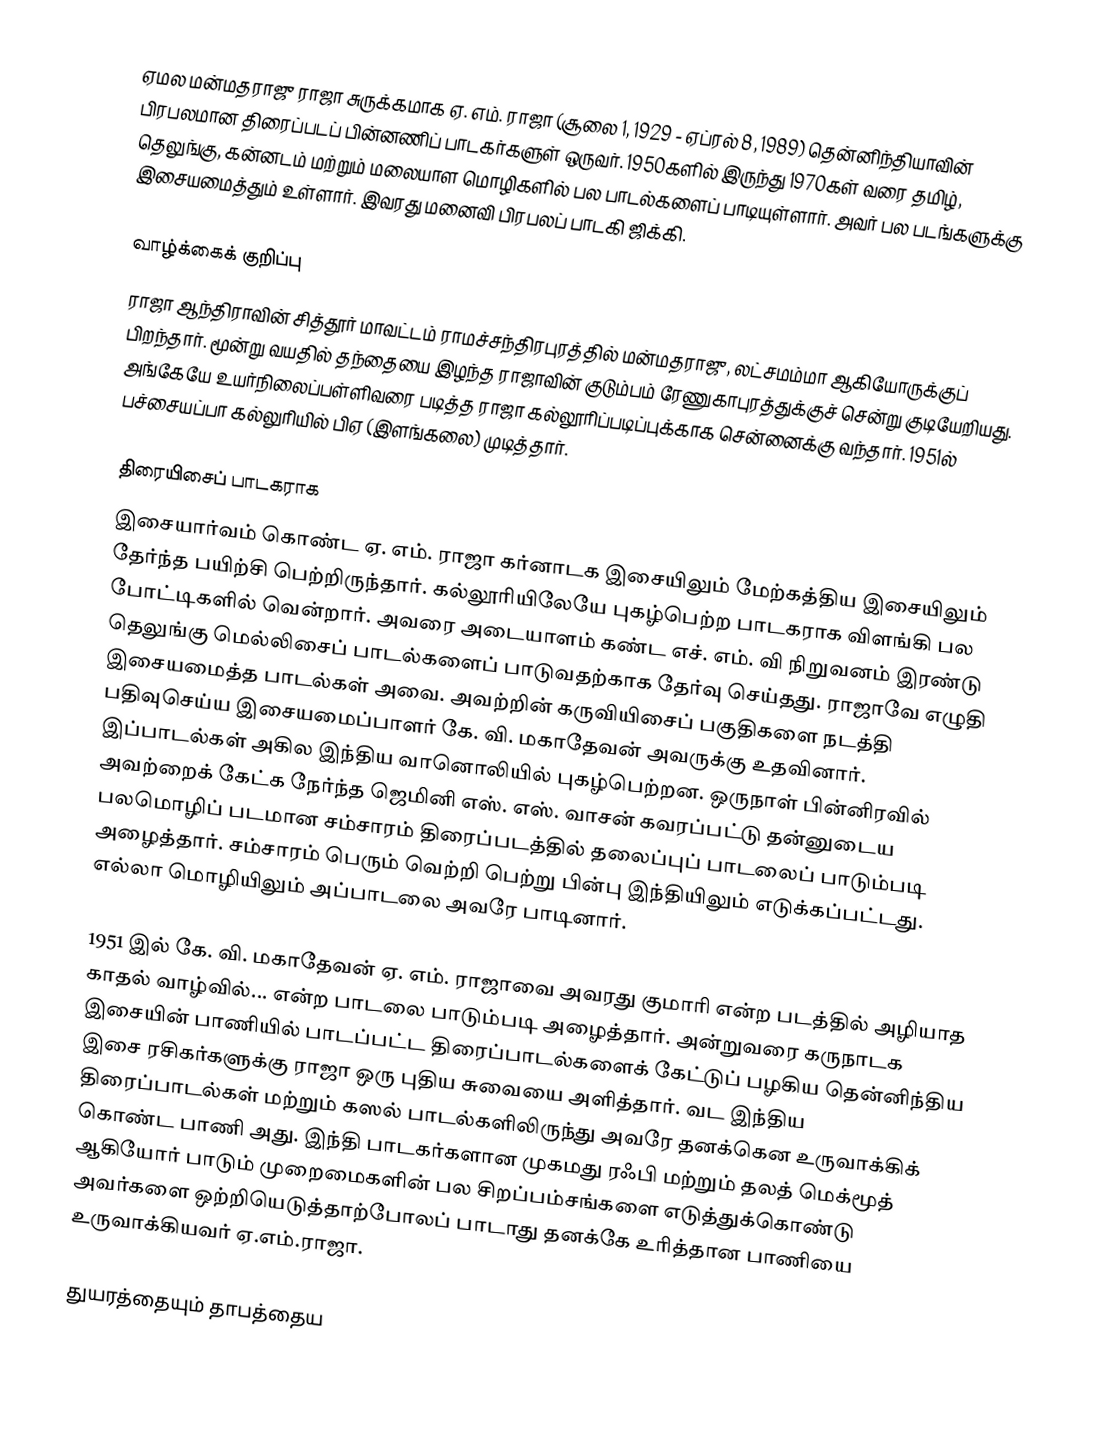
ஏமல மன்மதராஜு ராஜா சுருக்கமாக ஏ. எம். ராஜா (சூலை 1, 1929 - ஏப்ரல் 8, 1989) தென்னிந்தியாவின் பிரபலமான திரைப்படப் பின்னணிப் பாடகர்களுள் ஒருவர். 1950களில் இருந்து 1970கள் வரை தமிழ், தெலுங்கு, கன்னடம் மற்றும் மலையாள மொழிகளில் பல பாடல்களைப் பாடியுள்ளார். அவர் பல படங்களுக்கு இசையமைத்தும் உள்ளார். இவரது மனைவி பிரபலப் பாடகி ஜிக்கி.

வாழ்க்கைக் குறிப்பு
ராஜா ஆந்திராவின் சித்தூர் மாவட்டம் ராமச்சந்திரபுரத்தில் மன்மதராஜு, லட்சமம்மா ஆகியோருக்குப் பிறந்தார். மூன்று வயதில் தந்தையை இழந்த ராஜாவின் குடும்பம் ரேணுகாபுரத்துக்குச் சென்று குடியேறியது. அங்கேயே உயர்நிலைப்பள்ளிவரை படித்த ராஜா கல்லூரிப்படிப்புக்காக சென்னைக்கு வந்தார். 1951ல் பச்சையப்பா கல்லுரியில் பிஏ (இளங்கலை) முடித்தார்.

திரையிசைப் பாடகராக
இசையார்வம் கொண்ட ஏ. எம். ராஜா கர்னாடக இசையிலும் மேற்கத்திய இசையிலும் தேர்ந்த பயிற்சி பெற்றிருந்தார். கல்லூரியிலேயே புகழ்பெற்ற பாடகராக விளங்கி பல போட்டிகளில் வென்றார். அவரை அடையாளம் கண்ட எச். எம். வி நிறுவனம் இரண்டு தெலுங்கு மெல்லிசைப் பாடல்களைப் பாடுவதற்காக தேர்வு செய்தது. ராஜாவே எழுதி இசையமைத்த பாடல்கள் அவை. அவற்றின் கருவியிசைப் பகுதிகளை நடத்தி பதிவுசெய்ய இசையமைப்பாளர் கே. வி. மகாதேவன் அவருக்கு உதவினார். இப்பாடல்கள் அகில இந்திய வானொலியில் புகழ்பெற்றன. ஒருநாள் பின்னிரவில் அவற்றைக் கேட்க நேர்ந்த ஜெமினி எஸ். எஸ். வாசன் கவரப்பட்டு தன்னுடைய பலமொழிப் படமான சம்சாரம் திரைப்படத்தில் தலைப்புப் பாடலைப் பாடும்படி அழைத்தார். சம்சாரம் பெரும் வெற்றி பெற்று பின்பு இந்தியிலும் எடுக்கப்பட்டது. எல்லா மொழியிலும் அப்பாடலை அவரே பாடினார்.

1951 இல் கே. வி. மகாதேவன் ஏ. எம். ராஜாவை அவரது குமாரி என்ற படத்தில் அழியாத காதல் வாழ்வில்... என்ற பாடலை பாடும்படி அழைத்தார். அன்றுவரை கருநாடக இசையின் பாணியில் பாடப்பட்ட திரைப்பாடல்களைக் கேட்டுப் பழகிய தென்னிந்திய இசை ரசிகர்களுக்கு ராஜா ஒரு புதிய சுவையை அளித்தார். வட இந்திய திரைப்பாடல்கள் மற்றும் கஸல் பாடல்களிலிருந்து அவரே தனக்கென உருவாக்கிக் கொண்ட பாணி அது. இந்தி பாடகர்களான முகமது ரஃபி மற்றும் தலத் மெக்மூத் ஆகியோர் பாடும் முறைமைகளின் பல சிறப்பம்சங்களை எடுத்துக்கொண்டு அவர்களை ஒற்றியெடுத்தாற்போலப் பாடாது தனக்கே உரித்தான பாணியை உருவாக்கியவர் ஏ.எம்.ராஜா.

துயரத்தையும் தாபத்தைய